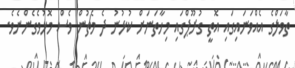
ތާވަލްގެ އެއްވަނައިގައި އޮތީ ގުރޫޕްގައި މިހާތަނަށް ކުޅުނު ދެ މެޗުން ވެސް މޮޅުވެގެންނެވެ.